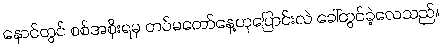
နောင်တွင် စစ်အစိုးရမှ တပ်မတော်နေ့ဟုပြောင်းလဲ ခေါ်တွင်ခဲ့လေသည်။